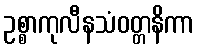
ဥစ္စာကုလီနသံဝတ္တနိကာ